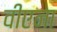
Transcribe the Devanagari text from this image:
वीएना